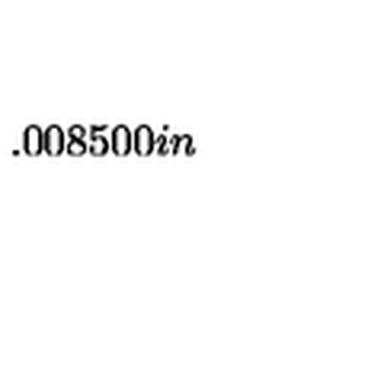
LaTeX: \setlength { \unitlength } { 0 . 0 0 8 5 0 0 i n }